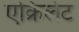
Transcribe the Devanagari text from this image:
एक्रिलेट